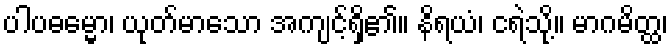
ပါပဓမ္မော၊ ယုတ်မာသော အကျင့်ရှိ၏။ နိရယံ၊ ငရဲသို့။ မာဂမိတ္ထ၊